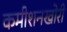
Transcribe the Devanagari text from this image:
कमीशनखोरी